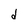
Character: d